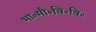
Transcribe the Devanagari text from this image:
भा॰मौ॰वि॰वि॰